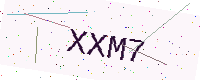
Text: XXM7